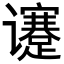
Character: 𬤯